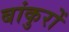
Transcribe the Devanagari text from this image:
बांकुरों